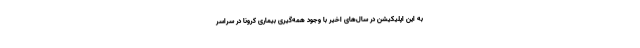
به این اپلیکیشن در سال‌های اخیر با وجود همه‌گیری بیماری کرونا در سراسر